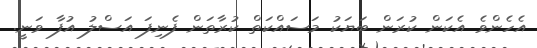
އެހެންވެ އެކަން ކުރަން ބަޔަކު މަސައްކަތް ކުރާތަން ފެނިފަ އަސްލު އުފާ ވަނީ.